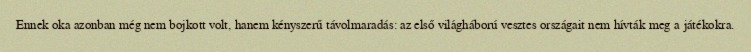
Ennek oka azonban még nem bojkott volt, hanem kényszerű távolmaradás: az első világháború vesztes országait nem hívták meg a játékokra.